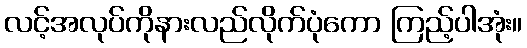
လင့်အလုပ်ကိုနားလည်လိုက်ပုံကော ကြည့်ပါအုံး။